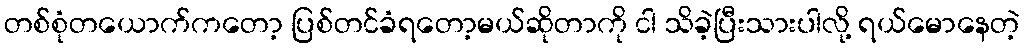
တစ်စုံတယောက်ကတော့ ပြစ်တင်ခံရတော့မယ်ဆိုတာကို ငါ သိခဲ့ပြီးသားပါလို့ ရယ်မောနေတဲ့